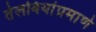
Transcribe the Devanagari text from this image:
तेलबियांप्रमाणे